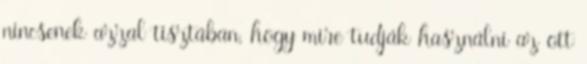
nincsenek azzal tisztában, hogy mire tudják használni az ott